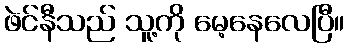
ဖဲင်နီသည် သူ့ကို မေ့နေလေပြီ။